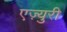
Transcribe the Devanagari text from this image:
एज़्युरी